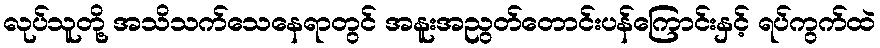
လုပ်သူတို့ အသိသက်သေနေရာတွင် အနူးအညွတ်တောင်းပန်ကြောင်းနှင့် ရပ်ကွက်ထဲ